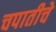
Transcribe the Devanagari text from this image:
चपातीचे